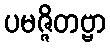
ပမဇ္ဇိတဗ္ဗာ